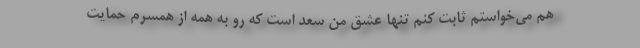
هم می‌خواستم ثابت کنم تنها عشق من سعد است که رو به همه از همسرم حمایت